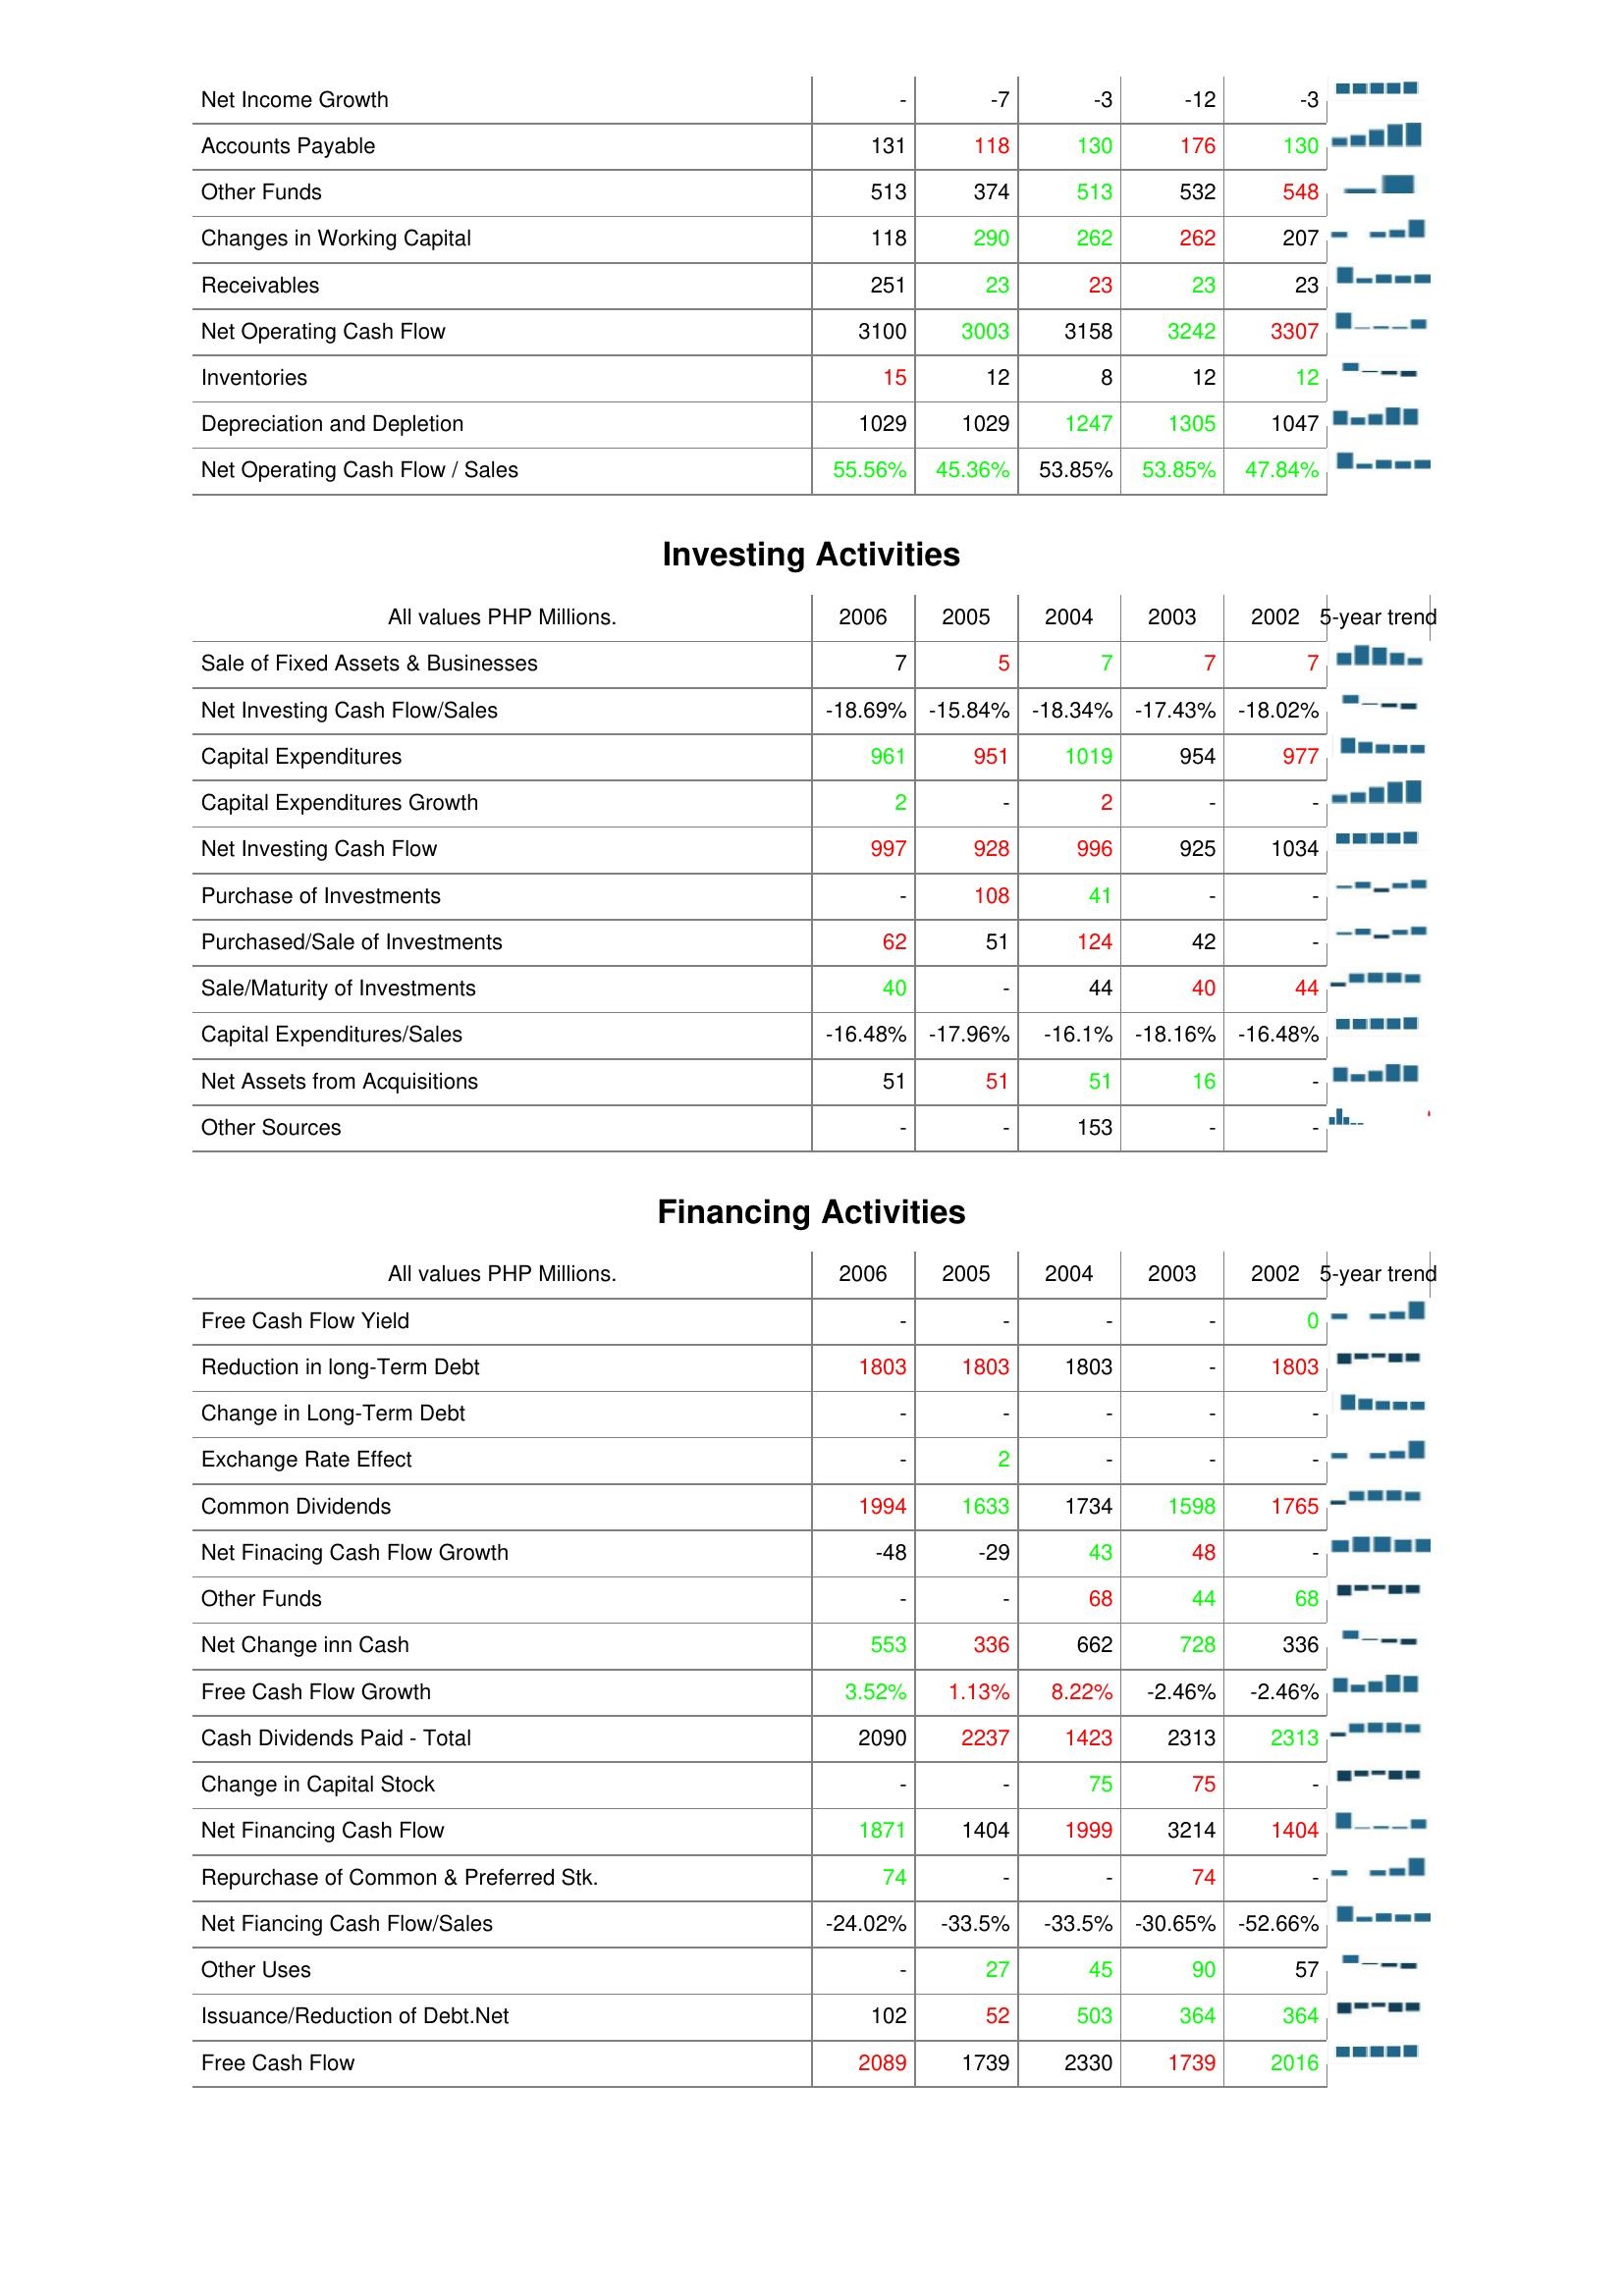
2006: Operating Activities: Net Income Growth: -
Accounts Payable: 131
Other Funds: 513
Changes in Working Capital: 118
Receivables: 251
Net Operating Cash Flow: 3100
Inventories: 15
Depreciation and Depletion: 1029
Net Operating Cash Flow / Sales: 55.56%
Investing Activities: Sale of Fixed Assets & Businesses: 7
Net Investing Cash Flow/Sales: -18.69%
Capital Expenditures: 961
Capital Expenditures Growth: 2
Net Investing Cash Flow: 997
Purchase of Investments: -
Purchased/Sale of Investments: 62
Sale/Maturity of Investments: 40
Capital Expenditures/Sales: -16.48%
Net Assets from Acquisitions: 51
Other Sources: -
Financing Activities: Free Cash Flow Yield: -
Reduction in long-Term Debt: 1803
Change in Long-Term Debt: -
Exchange Rate Effect: -
Common Dividends: 1994
Net Finacing Cash Flow Growth: -48
Other Funds: -
Net Change inn Cash: 553
Free Cash Flow Growth: 3.52%
Cash Dividends Paid - Total: 2090
Change in Capital Stock: -
Net Financing Cash Flow: 1871
Repurchase of Common & Preferred Stk.: 74
Net Fiancing Cash Flow/Sales: -24.02%
Other Uses: -
Issuance/Reduction of Debt.Net: 102
Free Cash Flow: 2089
2005: Operating Activities: Net Income Growth: -7
Accounts Payable: 118
Other Funds: 374
Changes in Working Capital: 290
Receivables: 23
Net Operating Cash Flow: 3003
Inventories: 12
Depreciation and Depletion: 1029
Net Operating Cash Flow / Sales: 45.36%
Investing Activities: Sale of Fixed Assets & Businesses: 5
Net Investing Cash Flow/Sales: -15.84%
Capital Expenditures: 951
Capital Expenditures Growth: -
Net Investing Cash Flow: 928
Purchase of Investments: 108
Purchased/Sale of Investments: 51
Sale/Maturity of Investments: -
Capital Expenditures/Sales: -17.96%
Net Assets from Acquisitions: 51
Other Sources: -
Financing Activities: Free Cash Flow Yield: -
Reduction in long-Term Debt: 1803
Change in Long-Term Debt: -
Exchange Rate Effect: 2
Common Dividends: 1633
Net Finacing Cash Flow Growth: -29
Other Funds: -
Net Change inn Cash: 336
Free Cash Flow Growth: 1.13%
Cash Dividends Paid - Total: 2237
Change in Capital Stock: -
Net Financing Cash Flow: 1404
Repurchase of Common & Preferred Stk.: -
Net Fiancing Cash Flow/Sales: -33.5%
Other Uses: 27
Issuance/Reduction of Debt.Net: 52
Free Cash Flow: 1739
2004: Operating Activities: Net Income Growth: -3
Accounts Payable: 130
Other Funds: 513
Changes in Working Capital: 262
Receivables: 23
Net Operating Cash Flow: 3158
Inventories: 8
Depreciation and Depletion: 1247
Net Operating Cash Flow / Sales: 53.85%
Investing Activities: Sale of Fixed Assets & Businesses: 7
Net Investing Cash Flow/Sales: -18.34%
Capital Expenditures: 1019
Capital Expenditures Growth: 2
Net Investing Cash Flow: 996
Purchase of Investments: 41
Purchased/Sale of Investments: 124
Sale/Maturity of Investments: 44
Capital Expenditures/Sales: -16.1%
Net Assets from Acquisitions: 51
Other Sources: 153
Financing Activities: Free Cash Flow Yield: -
Reduction in long-Term Debt: 1803
Change in Long-Term Debt: -
Exchange Rate Effect: -
Common Dividends: 1734
Net Finacing Cash Flow Growth: 43
Other Funds: 68
Net Change inn Cash: 662
Free Cash Flow Growth: 8.22%
Cash Dividends Paid - Total: 1423
Change in Capital Stock: 75
Net Financing Cash Flow: 1999
Repurchase of Common & Preferred Stk.: -
Net Fiancing Cash Flow/Sales: -33.5%
Other Uses: 45
Issuance/Reduction of Debt.Net: 503
Free Cash Flow: 2330
2003: Operating Activities: Net Income Growth: -12
Accounts Payable: 176
Other Funds: 532
Changes in Working Capital: 262
Receivables: 23
Net Operating Cash Flow: 3242
Inventories: 12
Depreciation and Depletion: 1305
Net Operating Cash Flow / Sales: 53.85%
Investing Activities: Sale of Fixed Assets & Businesses: 7
Net Investing Cash Flow/Sales: -17.43%
Capital Expenditures: 954
Capital Expenditures Growth: -
Net Investing Cash Flow: 925
Purchase of Investments: -
Purchased/Sale of Investments: 42
Sale/Maturity of Investments: 40
Capital Expenditures/Sales: -18.16%
Net Assets from Acquisitions: 16
Other Sources: -
Financing Activities: Free Cash Flow Yield: -
Reduction in long-Term Debt: -
Change in Long-Term Debt: -
Exchange Rate Effect: -
Common Dividends: 1598
Net Finacing Cash Flow Growth: 48
Other Funds: 44
Net Change inn Cash: 728
Free Cash Flow Growth: -2.46%
Cash Dividends Paid - Total: 2313
Change in Capital Stock: 75
Net Financing Cash Flow: 3214
Repurchase of Common & Preferred Stk.: 74
Net Fiancing Cash Flow/Sales: -30.65%
Other Uses: 90
Issuance/Reduction of Debt.Net: 364
Free Cash Flow: 1739
2002: Operating Activities: Net Income Growth: -3
Accounts Payable: 130
Other Funds: 548
Changes in Working Capital: 207
Receivables: 23
Net Operating Cash Flow: 3307
Inventories: 12
Depreciation and Depletion: 1047
Net Operating Cash Flow / Sales: 47.84%
Investing Activities: Sale of Fixed Assets & Businesses: 7
Net Investing Cash Flow/Sales: -18.02%
Capital Expenditures: 977
Capital Expenditures Growth: -
Net Investing Cash Flow: 1034
Purchase of Investments: -
Purchased/Sale of Investments: -
Sale/Maturity of Investments: 44
Capital Expenditures/Sales: -16.48%
Net Assets from Acquisitions: -
Other Sources: -
Financing Activities: Free Cash Flow Yield: 0
Reduction in long-Term Debt: 1803
Change in Long-Term Debt: -
Exchange Rate Effect: -
Common Dividends: 1765
Net Finacing Cash Flow Growth: -
Other Funds: 68
Net Change inn Cash: 336
Free Cash Flow Growth: -2.46%
Cash Dividends Paid - Total: 2313
Change in Capital Stock: -
Net Financing Cash Flow: 1404
Repurchase of Common & Preferred Stk.: -
Net Fiancing Cash Flow/Sales: -52.66%
Other Uses: 57
Issuance/Reduction of Debt.Net: 364
Free Cash Flow: 2016